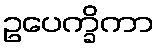
ဥပေက္ခိကာ